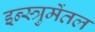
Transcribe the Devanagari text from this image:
इन्स्त्रुमेंतल